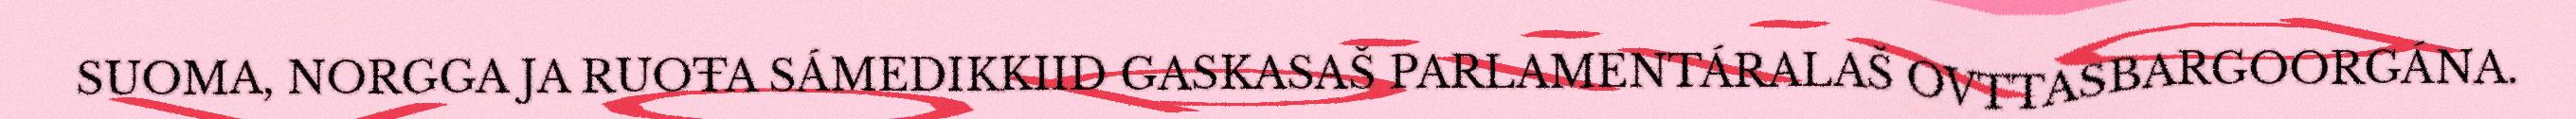
SUOMA, NORGGA JA RUOŦA SÁMEDIKKIID GASKASAŠ PARLAMENTÁRALAŠ OVTTASBARGOORGÁNA.